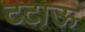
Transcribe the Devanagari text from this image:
टटाऊ